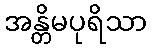
အန္တိမပုရိသာ